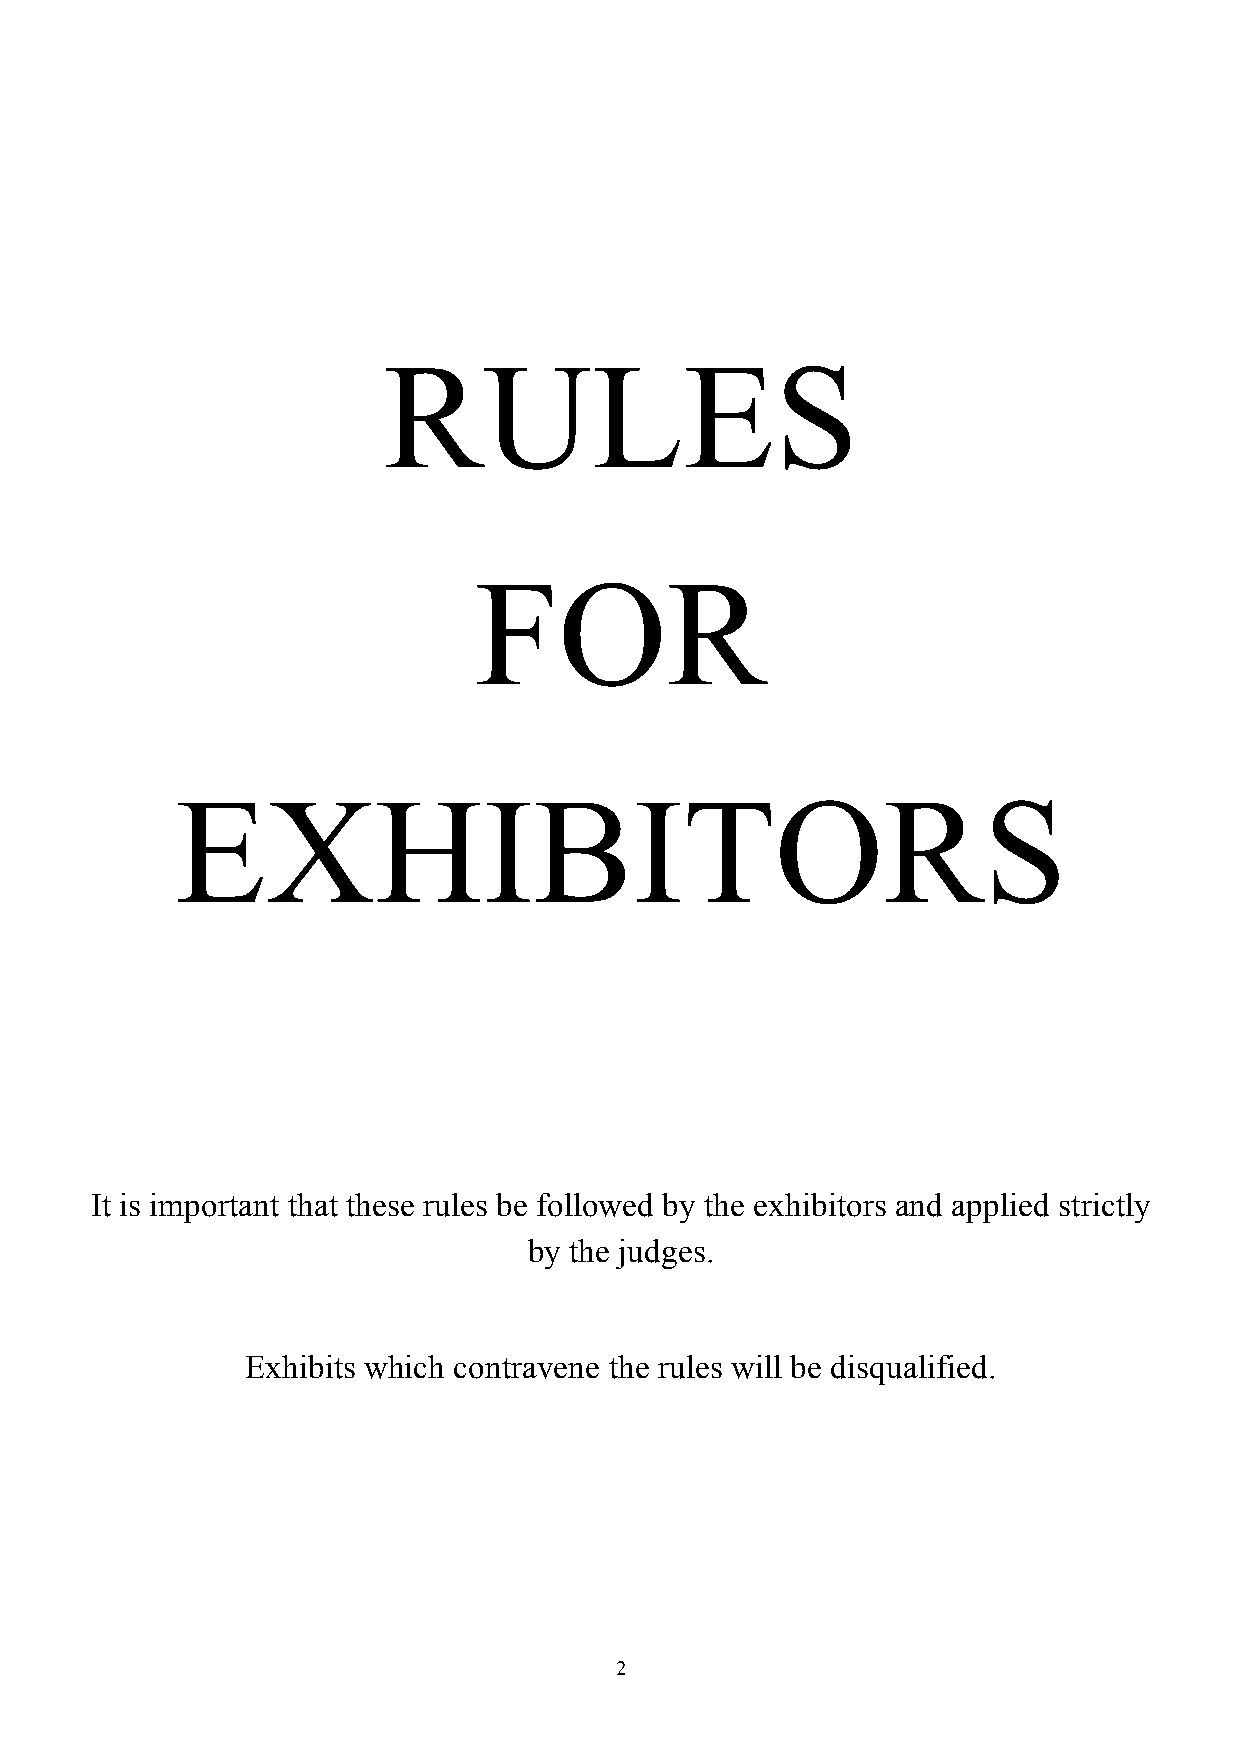
RULES
 FOR
 EXHIBITORS
 It is important that these rules be followed by the exhibitors and applied strictly
 by the judges.
 Exhibits which contravene the rules will be disqualified.
 2